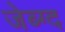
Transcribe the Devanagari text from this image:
जेब्ग्द